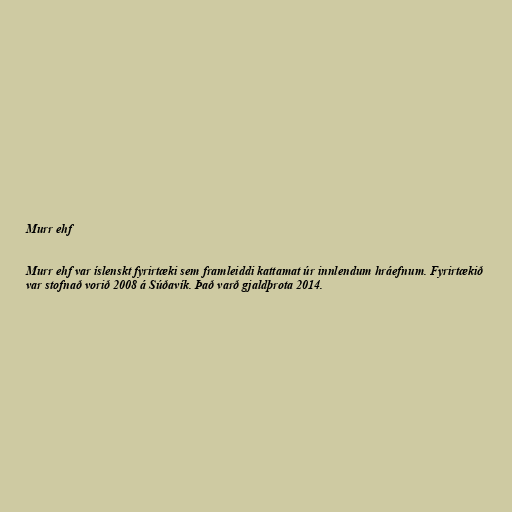
Murr ehf

Murr ehf var íslenskt fyrirtæki sem framleiddi kattamat úr innlendum hráefnum. Fyrirtækið
var stofnað vorið 2008 á Súðavík. Það varð gjaldþrota 2014.